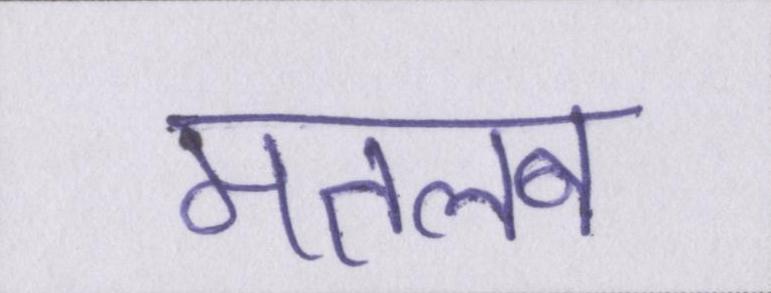
मतलब